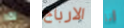
لقد الارباح أنا